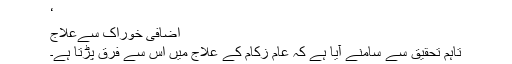
‘
اضافی خوراک سےعلاج
تاہم تحقیق سے سامنے آیا ہے کہ عام زکام کے علاج میں اس سے فرق پڑتا ہے۔